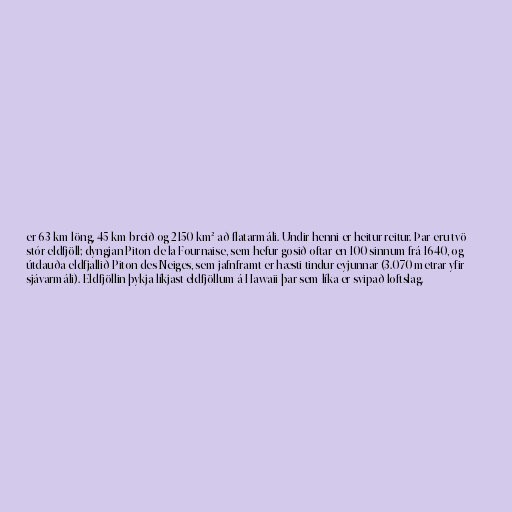
er 63 km löng, 45 km breið og 2150 km² að flatarmáli. Undir henni er heitur reitur. Þar eru tvö
stór eldfjöll; dyngjan Piton de la Fournaise, sem hefur gosið oftar en 100 sinnum frá 1640, og
útdauða eldfjallið Piton des Neiges, sem jafnframt er hæsti tindur eyjunnar (3.070 metrar yfir
sjávarmáli). Eldfjöllin þykja líkjast eldfjöllum á Hawaii þar sem líka er svipað loftslag.